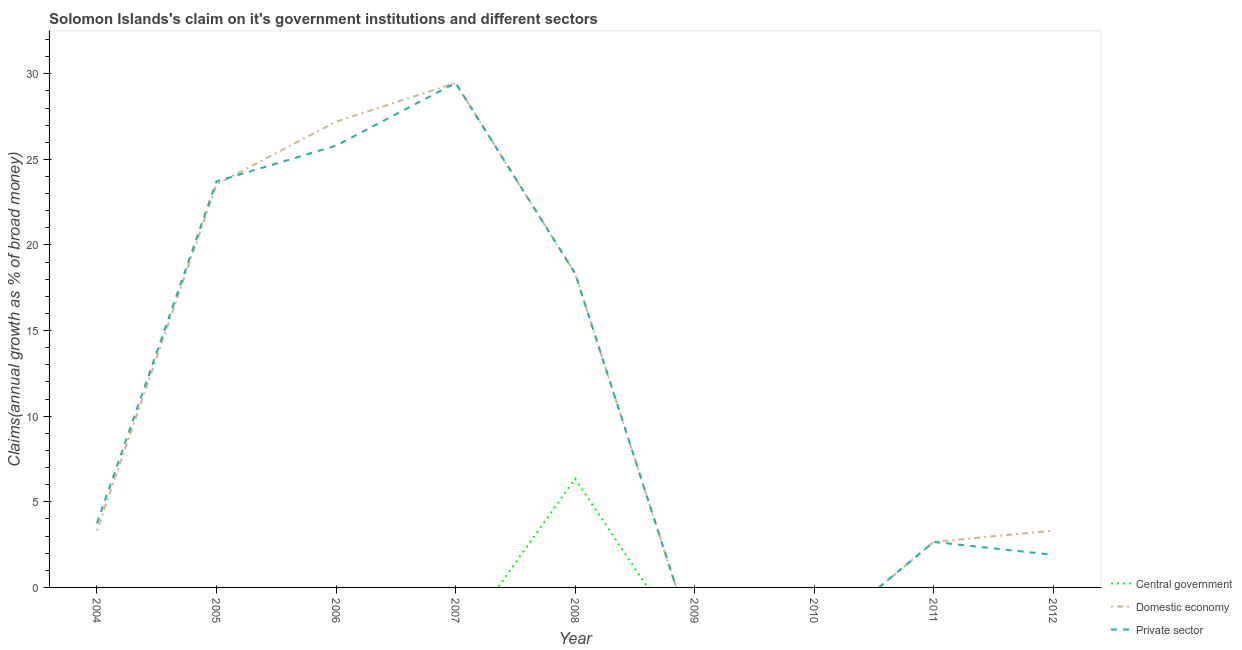
| Year | Central government | Domestic economy | Private sector |
 | --- | --- | --- | --- |
 | 2004 | -31.4 | 3.32 | 3.75 |
 | 2005 | -9.17 | 23.5 | 23.7 |
 | 2006 | -3.73 | 27.2 | 25.8 |
 | 2007 | -3.49 | 29.5 | 29.5 |
 | 2008 | 6.34 | 18.3 | 18.3 |
 | 2009 | -4.1 | -3.35 | -3.33 |
 | 2010 | -15.4 | -3.18 | -3.14 |
 | 2011 | -26.9 | 2.66 | 2.66 |
 | 2012 | -6.79 | 3.32 | 1.9 |